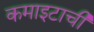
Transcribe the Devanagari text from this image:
कमाइटाची